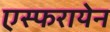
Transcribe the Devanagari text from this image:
एस्फरायेन